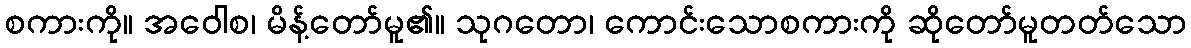
စကားကို။ အဝေါစ၊ မိန့်တော်မူ၏။ သုဂတော၊ ကောင်းသောစကားကို ဆိုတော်မူတတ်သော